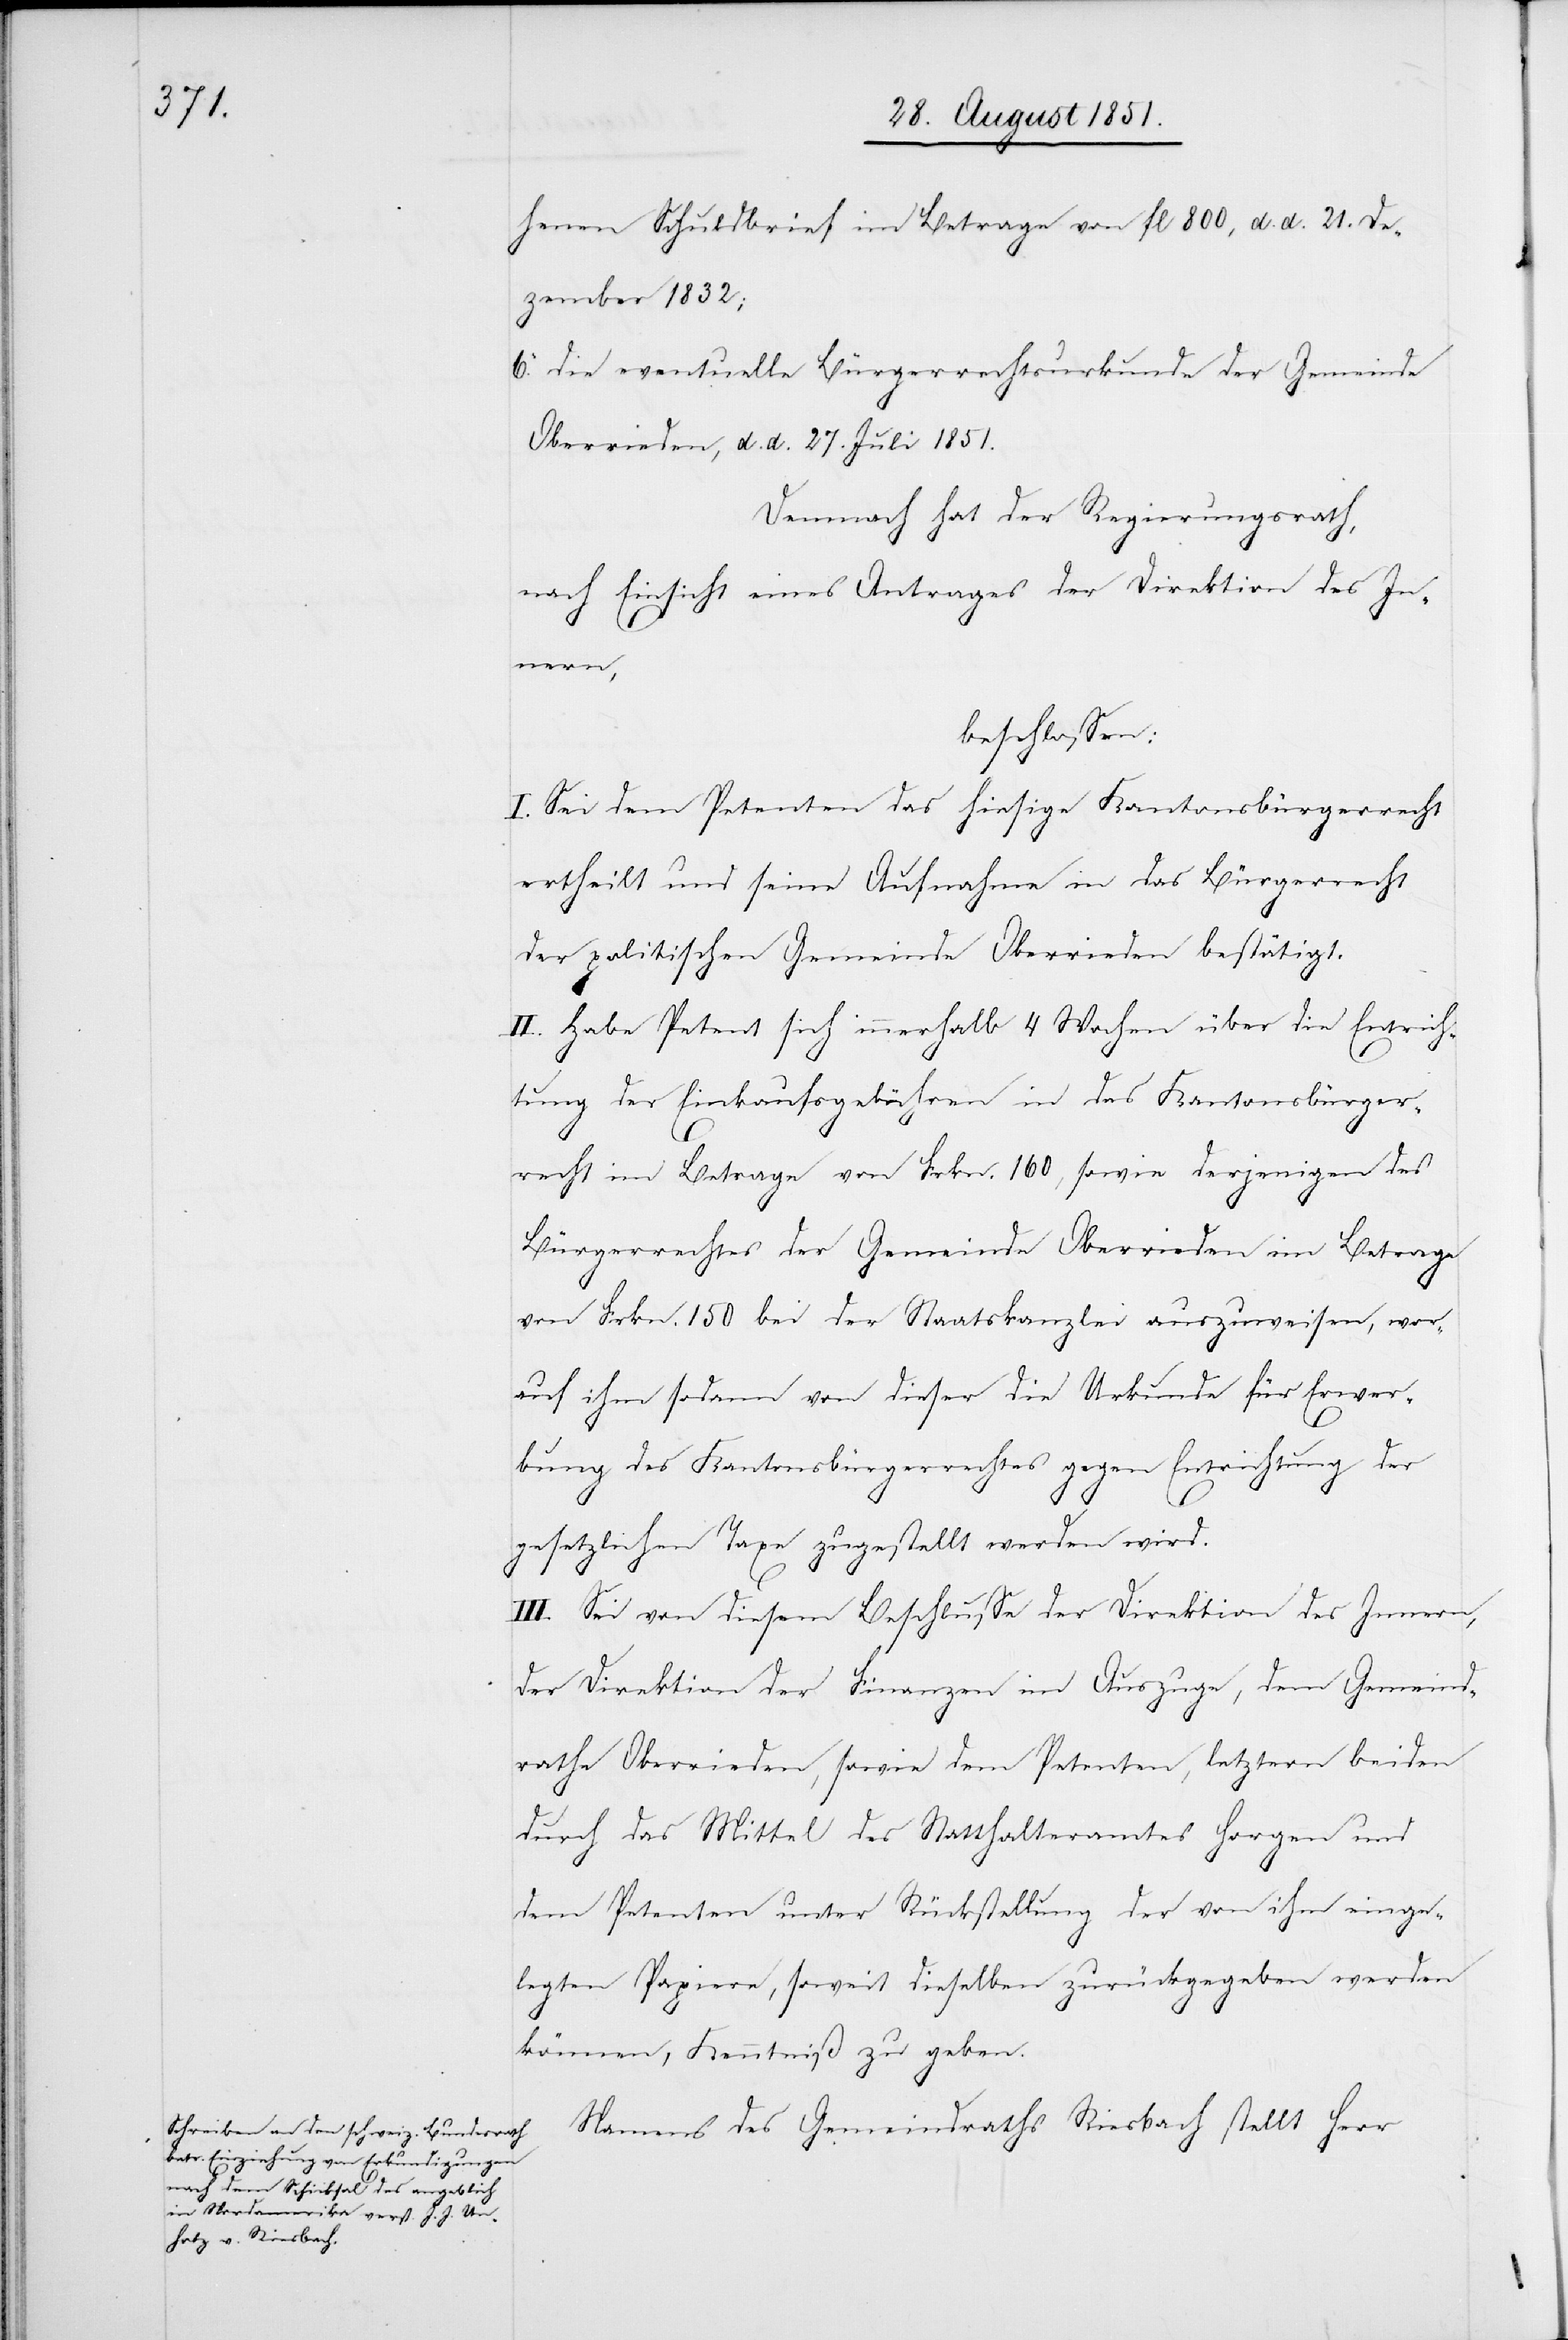
henen Schuldbrief im Betrage von fl 800, d. d. 21. De¬
zember 1832;
die eventuelle Bürgerrechtsurkunde der Gemeinde
Oberrieden, d. d. 27. Juli 1851.
Demnach hat der Regierungsrath,
nach Einsicht eines Antrages der Direktion des In¬
nern,
beschlossen:
I. Sei dem Petenten das hiesige Kantonsbürgerrecht
ertheilt und seine Aufnahme in das Bürgerrecht
der politischen Gemeinde Oberrieden bestätigt.
II. Habe Petent sich innerhalb 4 Wochen über die Entrich¬
tung der Einkaufsgebühren in das Kantonsbürger¬
recht im Betrage von Frkn. 160, sowie derjenigen des
Bürgerrechtes der Gemeinde Oberrieden im Betrage
von Frkn. 150 bei der Staatskanzlei auszuweisen, wor¬
auf ihm sodann von dieser die Urkunde für Erwer¬
bung des Kantonsbürgerrechtes gegen Entrichtung der
6.
gesetzlichen Taxe zugestellt werden wird.
III. Sei von diesem Beschlusse der Direktion des Innern,
der Direktion der Finanzen im Auszuge, dem Gemeind¬
rathe Oberrieden, sowie dem Petenten, letztern beiden
durch das Mittel des Statthalteramtes Horgen und
dem Petenten unter Rückstellung der von ihm einge¬
legten Papiere, soweit dieselben zurückgegeben werden
können, Kenntniß zu geben.
Namens des Gemeindraths Riesbach stellt Herr